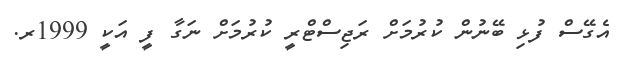
އެގޭސް ފުޅި ބޭނުން ކުރުމަށް ރަޖިސްޓްރީ ކުރުމަށް ނަގާ ފީ އަކީ 1999ރ.